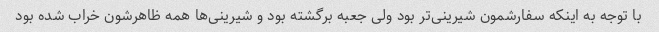
با توجه به اینکه سفارشمون شیرینى‌تر بود ولى جعبه برگشته بود و شیرینى‌ها همه ظاهرشون خراب شده بود